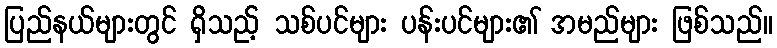
ပြည်နယ်များတွင် ရှိသည့် သစ်ပင်များ ပန်းပင်များ၏ အမည်များ ဖြစ်သည်။